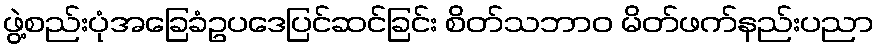
ဖွဲ့စည်းပုံအခြေခံဥပဒေပြင်ဆင်ခြင်း စိတ်သဘာဝ မိတ်ဖက်နည်းပညာ